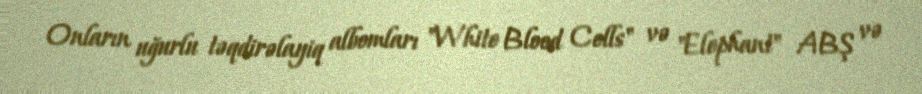
Onların uğurlu təqdirəlayiq albomları "White Blood Cells" və "Elephant" ABŞ və